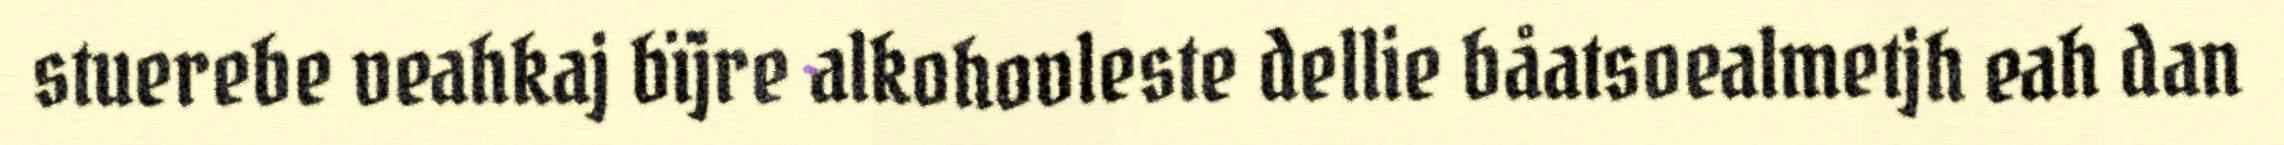
stuerebe veahkaj bïjre alkohovleste dellie båatsoealmetjh eah dan